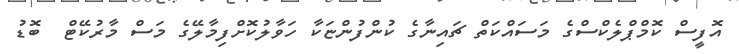
އޮފީސް ކޮމްޕްލެކްސްގެ މަސައްކަތް ޗައިނާގެ ކުންފުންޏަކާ ހަވާލުކޮށްފިމާލޭގެ މަސް މާރުކޭޓް  ބޮޑު